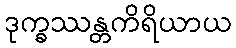
ဒုက္ခဿန္တကိရိယာယ